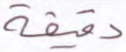
دقيقة